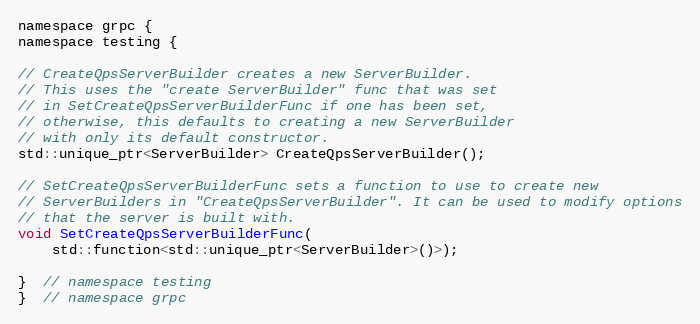
Language: C
namespace grpc {
namespace testing {

// CreateQpsServerBuilder creates a new ServerBuilder.
// This uses the "create ServerBuilder" func that was set
// in SetCreateQpsServerBuilderFunc if one has been set,
// otherwise, this defaults to creating a new ServerBuilder
// with only its default constructor.
std::unique_ptr<ServerBuilder> CreateQpsServerBuilder();

// SetCreateQpsServerBuilderFunc sets a function to use to create new
// ServerBuilders in "CreateQpsServerBuilder". It can be used to modify options
// that the server is built with.
void SetCreateQpsServerBuilderFunc(
    std::function<std::unique_ptr<ServerBuilder>()>);

}  // namespace testing
}  // namespace grpc